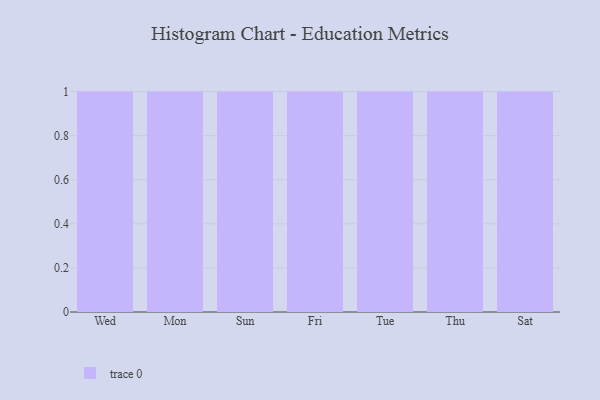
{"axis": {"x": "Day", "y": "Active Users"}, "legend": [""], "data": [{"x": "Wed", "y": 99, "type": ""}, {"x": "Mon", "y": 9, "type": ""}, {"x": "Sun", "y": 87, "type": ""}, {"x": "Fri", "y": 10, "type": ""}, {"x": "Tue", "y": 33, "type": ""}, {"x": "Thu", "y": 35, "type": ""}, {"x": "Sat", "y": 14, "type": ""}]}